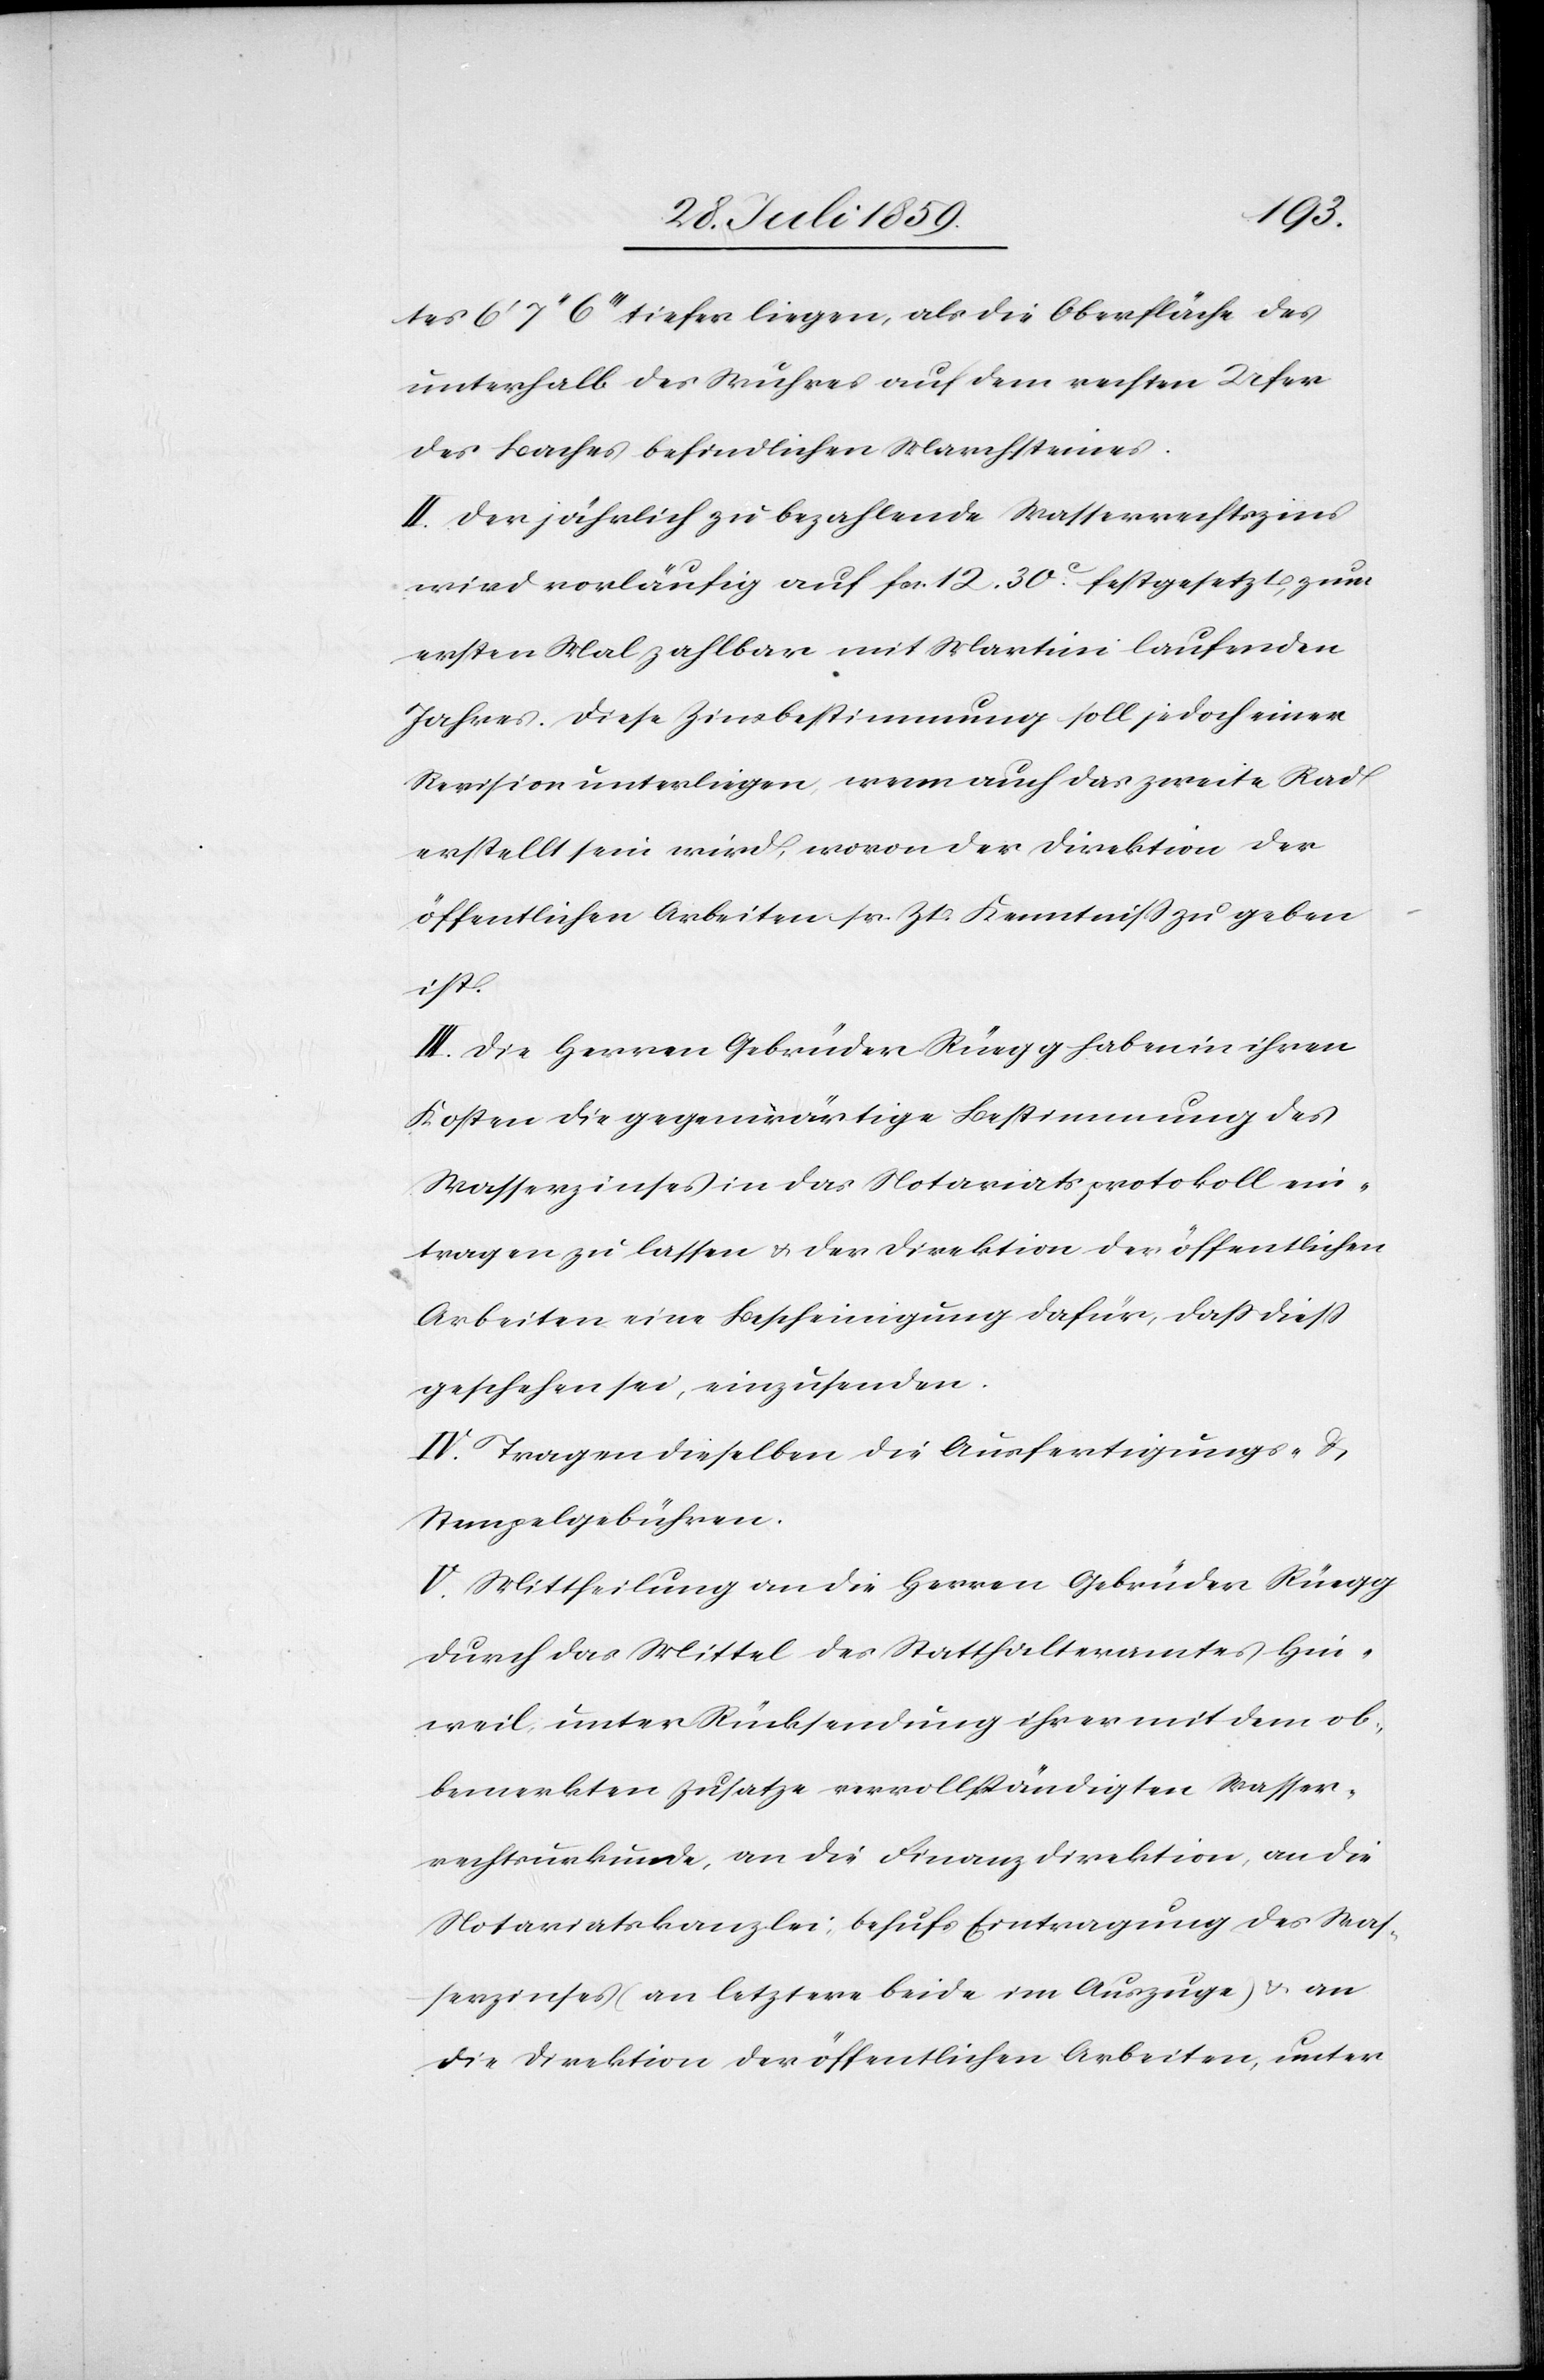
tes 6’7’’6’’’ tiefer liegen, als die Oberfläche des
unterhalb des Wuhres auf dem rechten Ufer
des Baches befindlichen Marchsteines.
II. Der jährlich zu bezahlende Wasserrechtszins
wird vorläufig auf fcs. 12.30c. festgesetzt, zum
ersten Mal zahlbar mit Martini laufenden
Jahres. Diese Zinsbestimmung soll jedoch einer
Revision unterliegen, wenn auch das zweite Rad
erstellt sein wird, wovon der Direktion der
öffentlichen Arbeiten sr. Zt. Kenntniß zu geben
ist.
III. Die Herren Gebrüder Rüegg haben in ihren
Kosten die gegenwärtige Bestimmung des
Wasserzinses in das Notariatsprotokoll ein¬
tragen zu lassen u. der Direktion der öffentlichen
Arbeiten eine Bescheinigung dafür, daß dieß
geschehen sei, einzusenden.
IV. Tragen dieselben die Ausfertigungs- u.
Stempelgebühren.
V. Mittheilung an die Herren Gebrüder Rüegg
durch das Mittel des Statthalteramtes Hin¬
weil, unter Rücksendung ihrer mit dem ob¬
bemerkten Zusatze vervollständigten Wasser¬
rechtsurkunde, an die Finanzdirektion, an die
Notariatskanzlei, behufs Eintragung des Was¬
serzinses an letztere beide im Auszuge) u. an
die Direktion der öffentlichen Arbeiten, unter